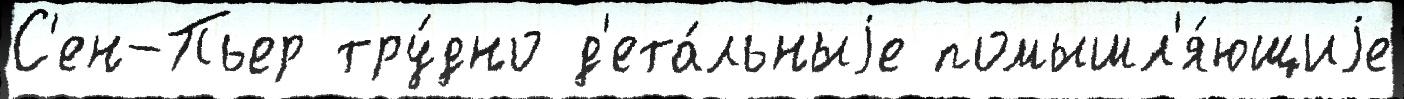
С'ен-Пьер тру́дно д'ета́льныjе помышл'я́ющиjе